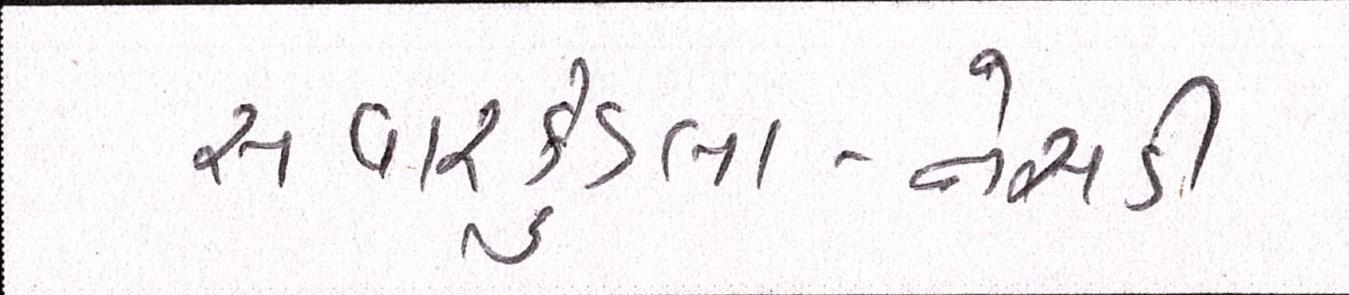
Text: સાવરકુંડલા-નેસડી